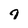
Character: 7